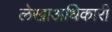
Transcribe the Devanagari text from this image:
लेखाअधिकारी